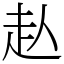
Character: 龪